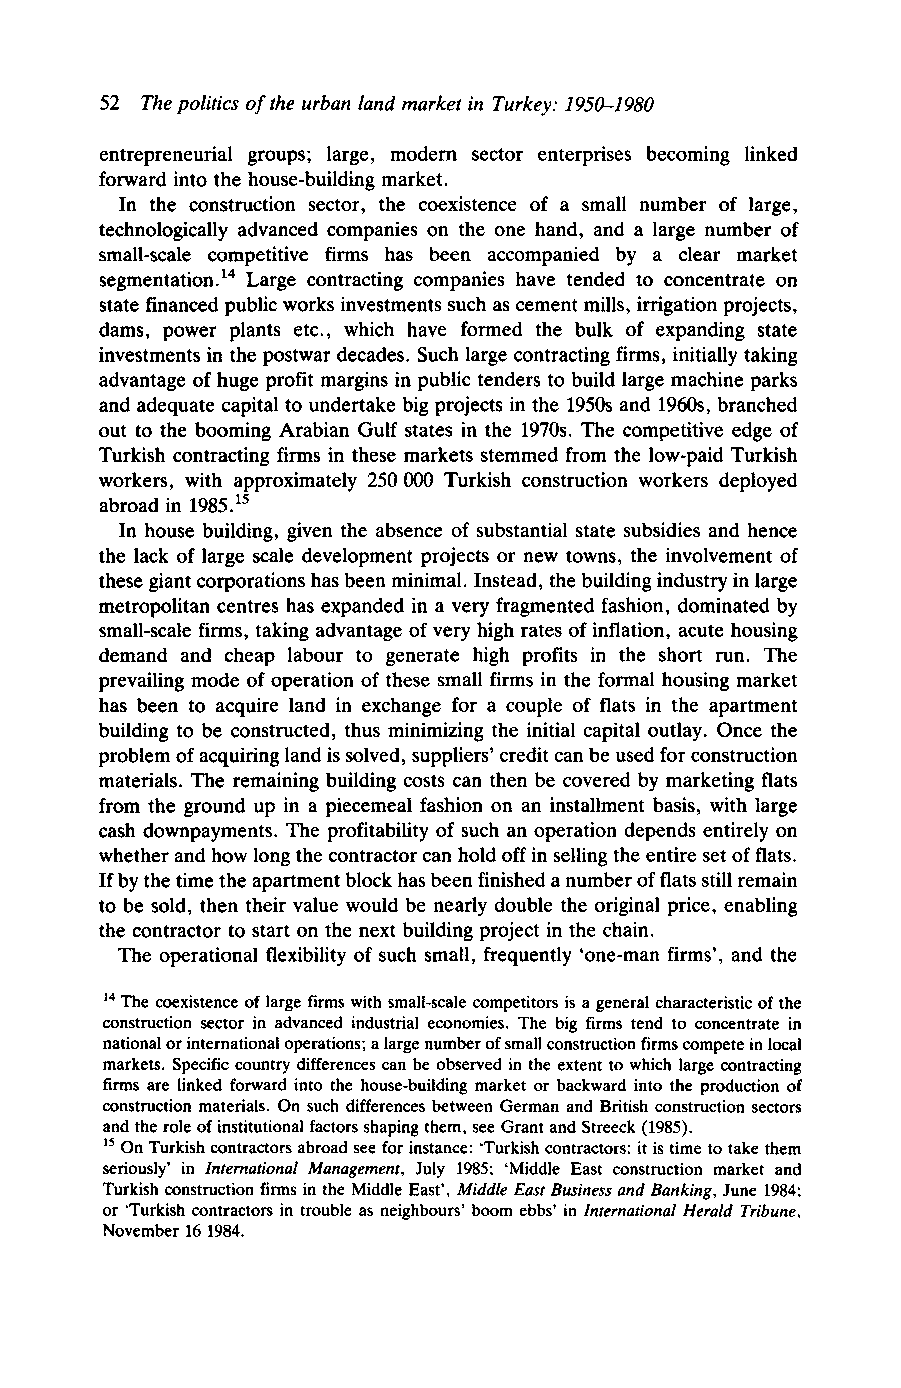
52 The politics of the urban land market in Turkey: 19.504980
 entrepreneurial groups; large, modern sector enterprises becoming linked
 forward into the house-building market.
 In the construction sector, the coexistence of a small number of large,
 technologically advanced companies on the one hand, and a large number of
 small-scale competitive firms has been accompanied by a clear market
 ~egmentation.’L~a rge contracting companies have tended to concentrate on
 state financed public works investments such as cement mills, irrigation projects,
 dams, power plants etc., which have formed the bulk of expanding state
 investments in the postwar decades. Such large contracting firms, initially taking
 advantage of huge profit margins in public tenders to build large machine parks
 and adequate capital to undertake big projects in the 1950s and 1960s, branched
 out to the booming Arabian Gulf states in the 1970s. The competitive edge of
 Turkish contracting firms in these markets stemmed from the low-paid Turkish
 workers, with approximately 250 OOO Turkish construction workers deployed
 abroad in 1985.l 5
 In house building, given the absence of substantial state subsidies and hence
 the lack of large scale development projects or new towns, the involvement of
 these giant corporations has been minimal. Instead, the building industry in large
 metropolitan centres has expanded in a very fragmented fashion, dominated by
 small-scale firms, taking advantage of very high rates of inflation, acute housing
 demand and cheap labour to generate high profits in the short run. The
 prevailing mode of operation of these small firms in the formal housing market
 has been to acquire land in exchange for a couple of flats in the apartment
 building to be constructed, thus minimizing the initial capital outlay. Once the
 problem of acquiring land is solved, suppliers’ credit can be used for construction
 materials. The remaining building costs can then be covered by marketing flats
 from the ground up in a piecemeal fashion on an installment basis, with large
 cash downpayments. The profitability of such an operation depends entirely on
 whether and how long the contractor can hold off in selling the entire set of flats.
 If by the time the apartment block has been finished a number of flats still remain
 to be sold, then their value would be nearly double the original price, enabling
 the contractor to start on the next building project in the chain.
 The operational flexibility of such small, frequently ‘one-man firms’, and the
 l4 The coexistence of large firms with small-scale competitors is a general characteristic of the
 construction sector in advanced industrial economies. The big firms tend to concentrate in
 national or international operations; a large number of small construction firms compete in local
 markets. Specific country differences can be observed in the extent to which large contracting
 firms are linked forward into the house-building market or backward into the production of
 construction materials. On such differences between German and British construction sectors
 and the role of institutional factors shaping them, see Grant and Streeck (1985).
 Is On Turkish contractors abroad see for instance: ‘Turkish contractors: it is time to take them
 seriously’ in International Management, July 1985; ‘Middle East construction market and
 Turkish construction firms in the Middle East’, Middle East Business and Banking, June 1984;
 or ‘Turkish contractors in trouble as neighbours’ boom ebbs’ in International Herald Tribune,
 November 16 1984.